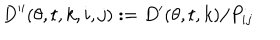
D ^ { \prime \prime } ( \theta , t , k , i , j ) : = D ^ { \prime } ( \theta , t , k ) / P _ { i j } \,